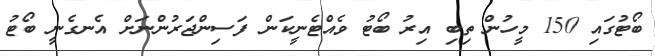
ބޯޓުގައި 150 މީހުން ތިބި އިރު ބޯޓު ވެއްޓެނީކަން ފަސިންޖަރުންނަށް އެނގެނީ ބޯޓު